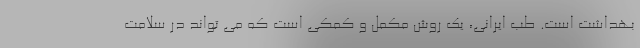
بهداشت است. طب ایرانی، یک روش مکمل و کمکی است که می تواند در سلامت